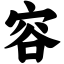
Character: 容